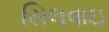
સિલવાઇ